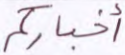
أخباركم